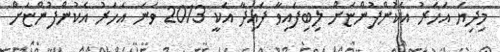
މިދިޔަ އަހަރު އެކުންފުންޏަށް ލިބިފައިވާ ފައިދާ އަކީ 2013 ވަނަ އަހަރު އެކުންފުންޏަށް